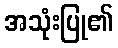
အသုံးပြု၏